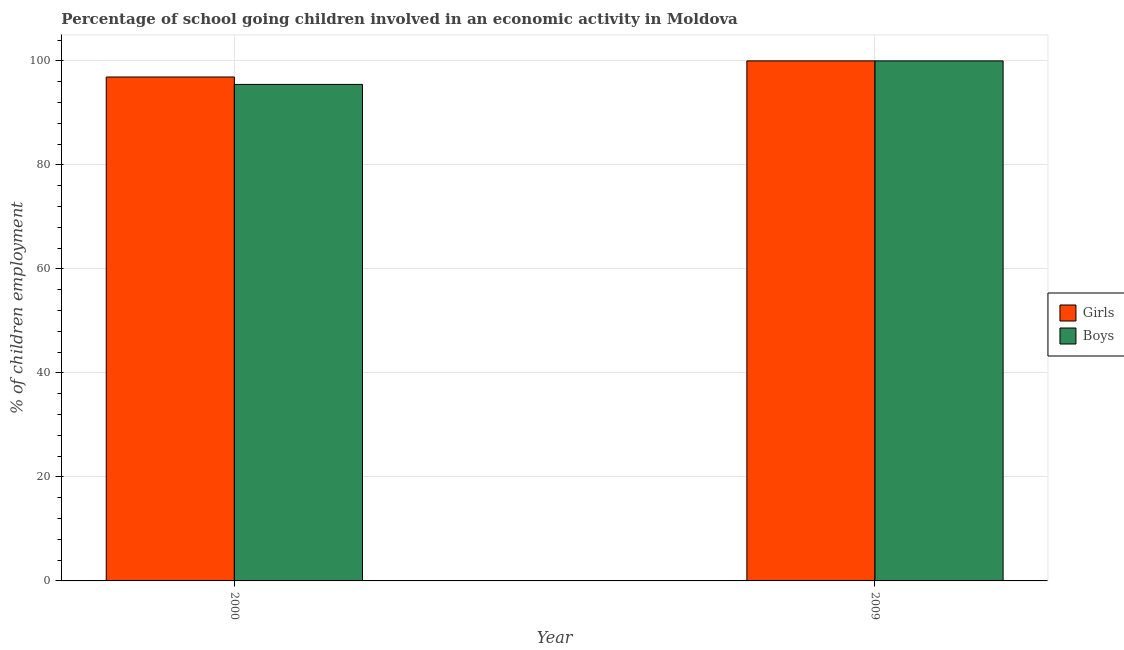
| Year | Girls | Boys |
 | --- | --- | --- |
 | 2000 | 96.9 | 95.5 |
 | 2009 | 100 | 100 |